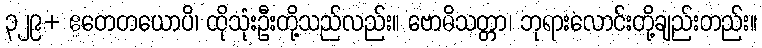
၃၂၉+ ဧတေတယောပိ၊ ထိုသုံးဦးတို့သည်လည်း။ ဗောဓိသတ္တာ၊ ဘုရားလောင်းတို့ချည်းတည်း။